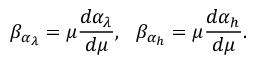
\beta _ { \alpha _ { \lambda } } = \mu \frac { d \alpha _ { \lambda } } { d \mu } , ~ ~ \beta _ { \alpha _ { h } } = \mu \frac { d \alpha _ { h } } { d \mu } .